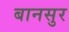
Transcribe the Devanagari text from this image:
बानसुर